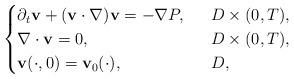
LaTeX: \begin{align*}\begin{cases}\partial_t\mathbf{v}+(\mathbf{v}\cdot \nabla)\mathbf{v}=-\nabla P,\ \ &D\times (0,T),\\\nabla\cdot \mathbf{v}=0,\ \ &D\times (0,T),\\\mathbf{v}(\cdot, 0)=\mathbf{v}_0(\cdot), \ \ &D,\end{cases}\end{align*}